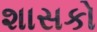
શાસકો